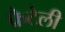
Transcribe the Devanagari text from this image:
फ्रैटेली